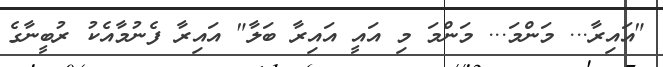
"އައިރާ... މަންމަ... މަންމަ މި އައީ އައިރާ ބަލާ" އައިރާ ފެނުމާއެކު ރުބީނާގެ